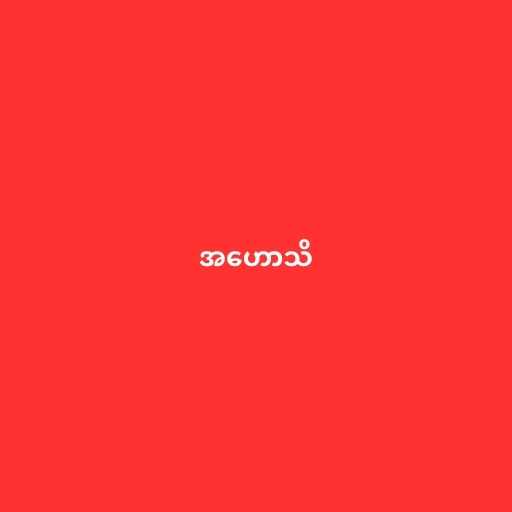
အဟောသိ